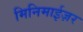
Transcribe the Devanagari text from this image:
मिनिमाईज़र